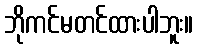
ဘိုကင်မတင်ထားပါဘူး။